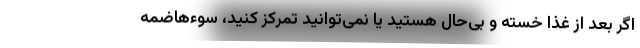
اگر بعد از غذا خسته و بی‌حال هستید یا نمی‌توانید تمرکز کنید، سوءهاضمه